Insane asylums Bombay 1873-77 - 1873-1877
Year: 1873
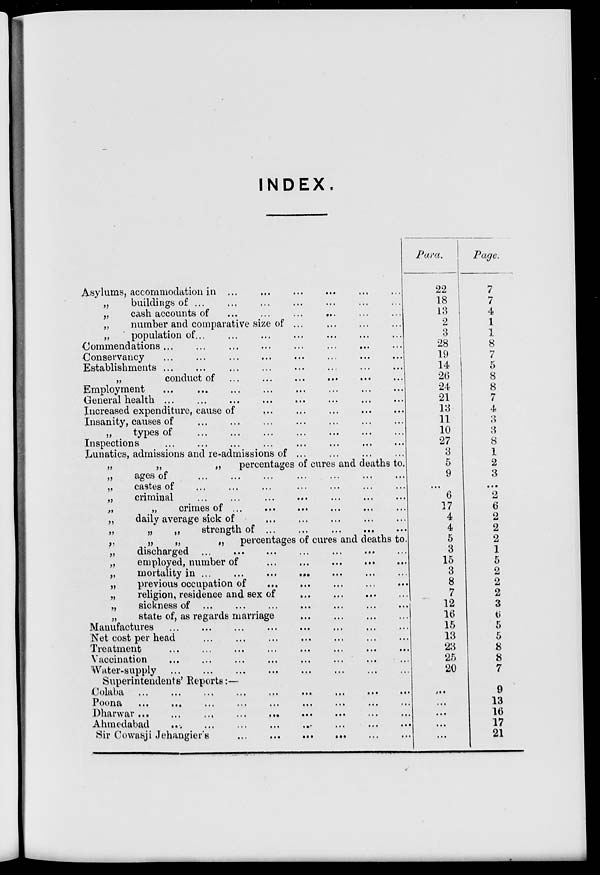
INDEX.
Asylums, accommodation in ... ... ... ... ... ...
„
buildings of ... ... ... ... ... ... ...
„
cash accounts of
...
...
...
... ... ...
„
number and comparative size of ... ... ... ...
„
population of... ... ... ... ... ... ...
Commendations
...
...
...
...
...
...
...
...
Conservancy
...
...
...
...
...
...
...
...
Establishments
...
...
...
...
...
...
...
...
„
conduct of
...
...
...
...
...
...
Employment
...
...
...
...
...
...
...
...
General health
...
...
...
...
...
...
...
...
Increased expenditure, cause of
...
...
...
...
...
...
Insanity, causes of
...
...
...
...
...
...
...
„
types of
...
...
...
...
...
...
...
Inspections
...
...
...
...
...
...
...
...
Lunatics, admissions and re-admissions of ... ... ... ...
„
„
„
percentages of cures and deaths to.
„
ages of
...
...
...
...
...
...
...
„
castes of ... ... ... ... ... ... ...
„
criminal
...
...
...
...
...
...
...
„
„
crimes
of
...
...
...
...
...
...
„
daily average sick of
...
...
...
...
...
„
„
„
strength of ... ... ... ... ...
„
„
„
„
percentages of cures and deaths to.
„
discharged
...
...
...
...
...
...
...
„
employed, number of
...
...
...
...
...
„
mortality in ... ... ... ... ... ... ...
„
previous occupation of
...
...
...
...
...
„
religion, residence and sex of
...
...
...
...
„
sickness
of
...
...
...
...
...
...
...
„
state of, as regards marriage
...
...
...
...
Manufactures
...
...
...
...
...
...
...
...
Net cost per head
...
...
...
...
...
...
...
Treatment
...
...
...
...
...
...
...
...
Vaccination ... ... ... ... ... ... ... ...
Water-supply
...
...
...
...
...
...
...
...
Superintendents' Reports:—
Colaba
...
...
...
...
...
...
...
...
...
Poona
...
...
...
...
...
...
...
...
...
Dharwar ... ... ... ... ... ... ... ... ...
Ahmedabad ... ... ... ... ... ... ... ...
Sir Cowasji Jehangier's
...
...
...
...
...
...
...
...
Para.
22
18
13
2
3
28
19
14
26
24
21
13
11
10
27
3
5
9
...
6
17
4
4
5
3
15
3
8
7
12
16
15
13
23
25
20
...
...
...
...
...
Page.
7
7
4
1
1
8
7
5
8
8
7
4
3
3
8
1
2
3
...
2
6
2
2
2
1
5
2
2
2
3
6
5
5
8
8
7
9
13
16
17
21